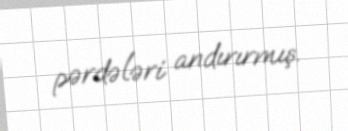
pərdələri andırırmış.